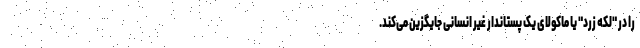
را در "لکه زرد" یا ماکولای یک پستاندار غیر انسانی جایگزین می‌کند.